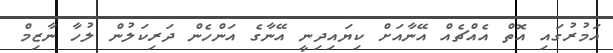
އަމުރުގައި އޮތް އެއްޗެއް އޭނާއަށް ކިޔައިދިނީ އޭނާގެ އަންހެން ދަރިކަލުން ލުހާ ނާޒިމް